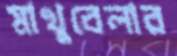
মাখুবেলার